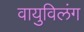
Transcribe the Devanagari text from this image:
वायुविलंग